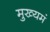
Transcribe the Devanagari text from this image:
मुख्यमं